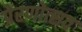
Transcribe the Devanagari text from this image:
प्रेरणोत्सव